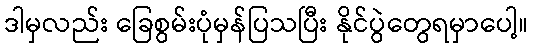
ဒါမှလည်း ခြေစွမ်းပုံမှန်ပြသပြီး နိုင်ပွဲတွေရမှာပေါ့။